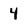
Character: 4